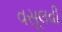
વસૂલવી